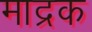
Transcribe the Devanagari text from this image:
माद्रक